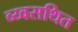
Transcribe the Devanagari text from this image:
व्य्वसथित